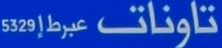
تاونات عيرطإ53